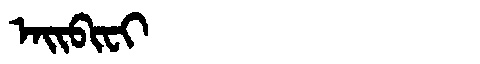
Manchu: ᠠᡳᠪᡳᠸᡳ
Romanization: AIBIFI